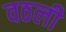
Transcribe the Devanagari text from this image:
वठली